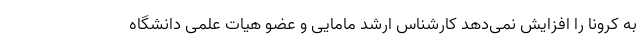
به کرونا را افزایش نمی‌دهد کارشناس ارشد مامایی و عضو هیات علمی دانشگاه